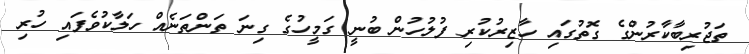
ތަޖުރިބާކާރުންގެ ގޮތުގައި ހާޒިރުކުރި ފުލުހުން ބުނީ ގަމީހުގެ ގިނަ ތަންތަނެއް ހަލާކުވެފައި ހުރި